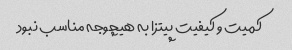
کمیت و کیفیت پیتزا به هیچوجه مناسب نبود